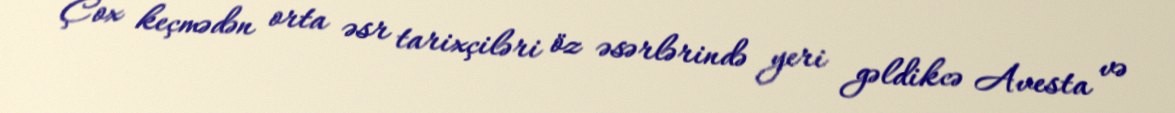
Çox keçmədən orta əsr tarixçiləri öz əsərlərində yeri gəldikcə Avesta və